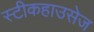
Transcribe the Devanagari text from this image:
स्टीकहाउसेज